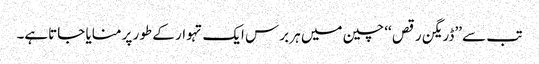
تب سے ’’ڈریگن رقص ‘‘ چین میں ہر برس ایک تہوار کے طور پر منایا جاتاہے۔